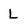
Character: L